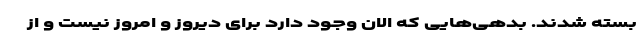
بسته شدند. بدهی‌هایی که الان وجود دارد برای دیروز و امروز نیست و از